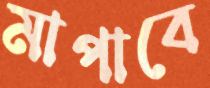
মাপাবে